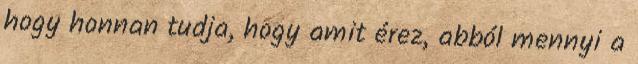
hogy honnan tudja, hogy amit érez, abból mennyi a